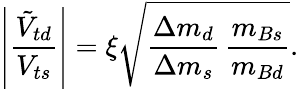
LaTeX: \left|\frac{\tilde{V}_{td}}{V_{ts}}\right|=\xi\sqrt{\frac{\Delta m_{d}}{\Delta m_{s}}\, \frac{m_{Bs}}{m_{Bd}}}.